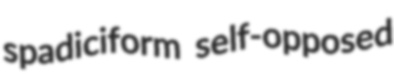
spadiciform self-opposed